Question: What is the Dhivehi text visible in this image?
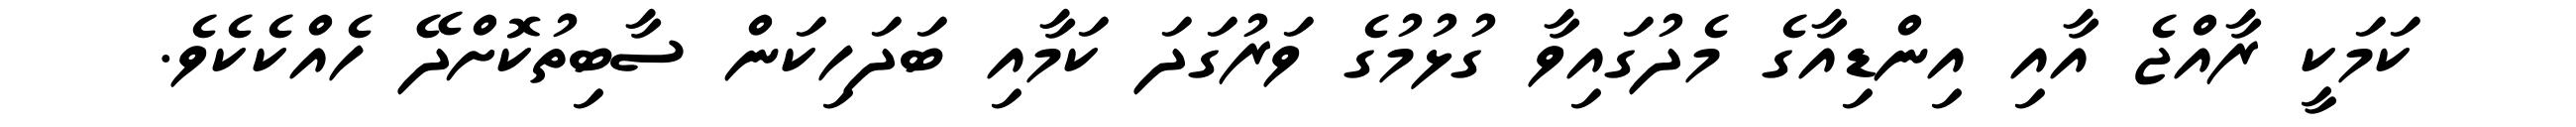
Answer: ކަމަކީ ރާއްޖެ އާއި އިންޑިއާގެ މެދުގައިވާ ގުޅުމުގެ ވަރުގަދަ ކަމާއި ބަދަހިކަން ސާބިތުކޮށްދޭ ހެއްކެކެވެ.